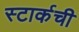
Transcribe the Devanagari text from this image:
स्टार्कची